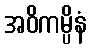
အဝိကမ္ပိနံ